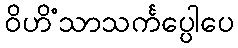
ဝိဟိံသာသင်္ကပ္ပေါပေ